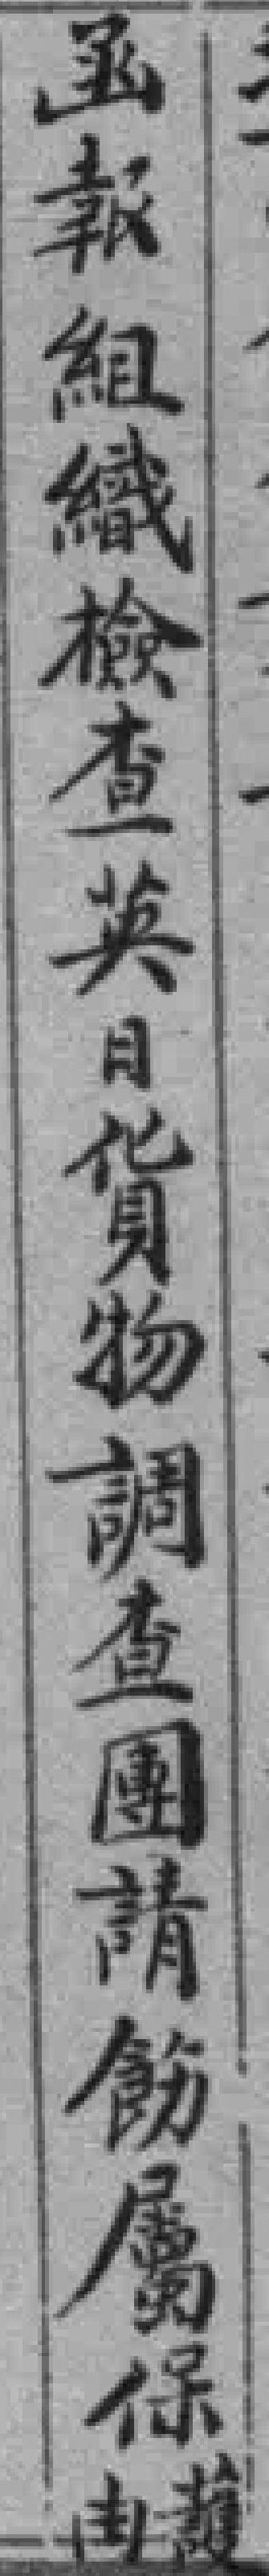
函報組織檢查英日貨物調查團請飭屬保冉護